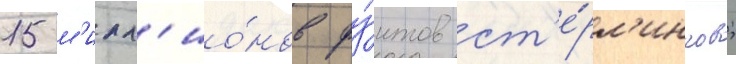
15 м'илл'ио́нов фу́нтов ст'е́рл'ингов;